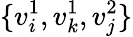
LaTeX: \{ v_{i}^{1},v_{k}^{1},v_{j}^{2}\}